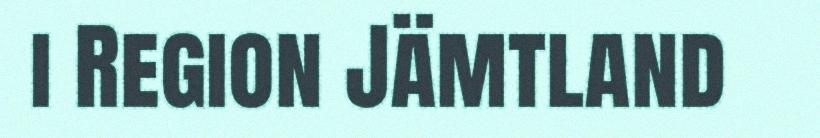
i Region Jämtland